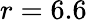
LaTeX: r=6.6